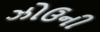
ઝોઉની